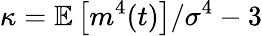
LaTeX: \kappa=\mathbb{E}\left[m^{4}(t)\right]/\sigma^{4}-3